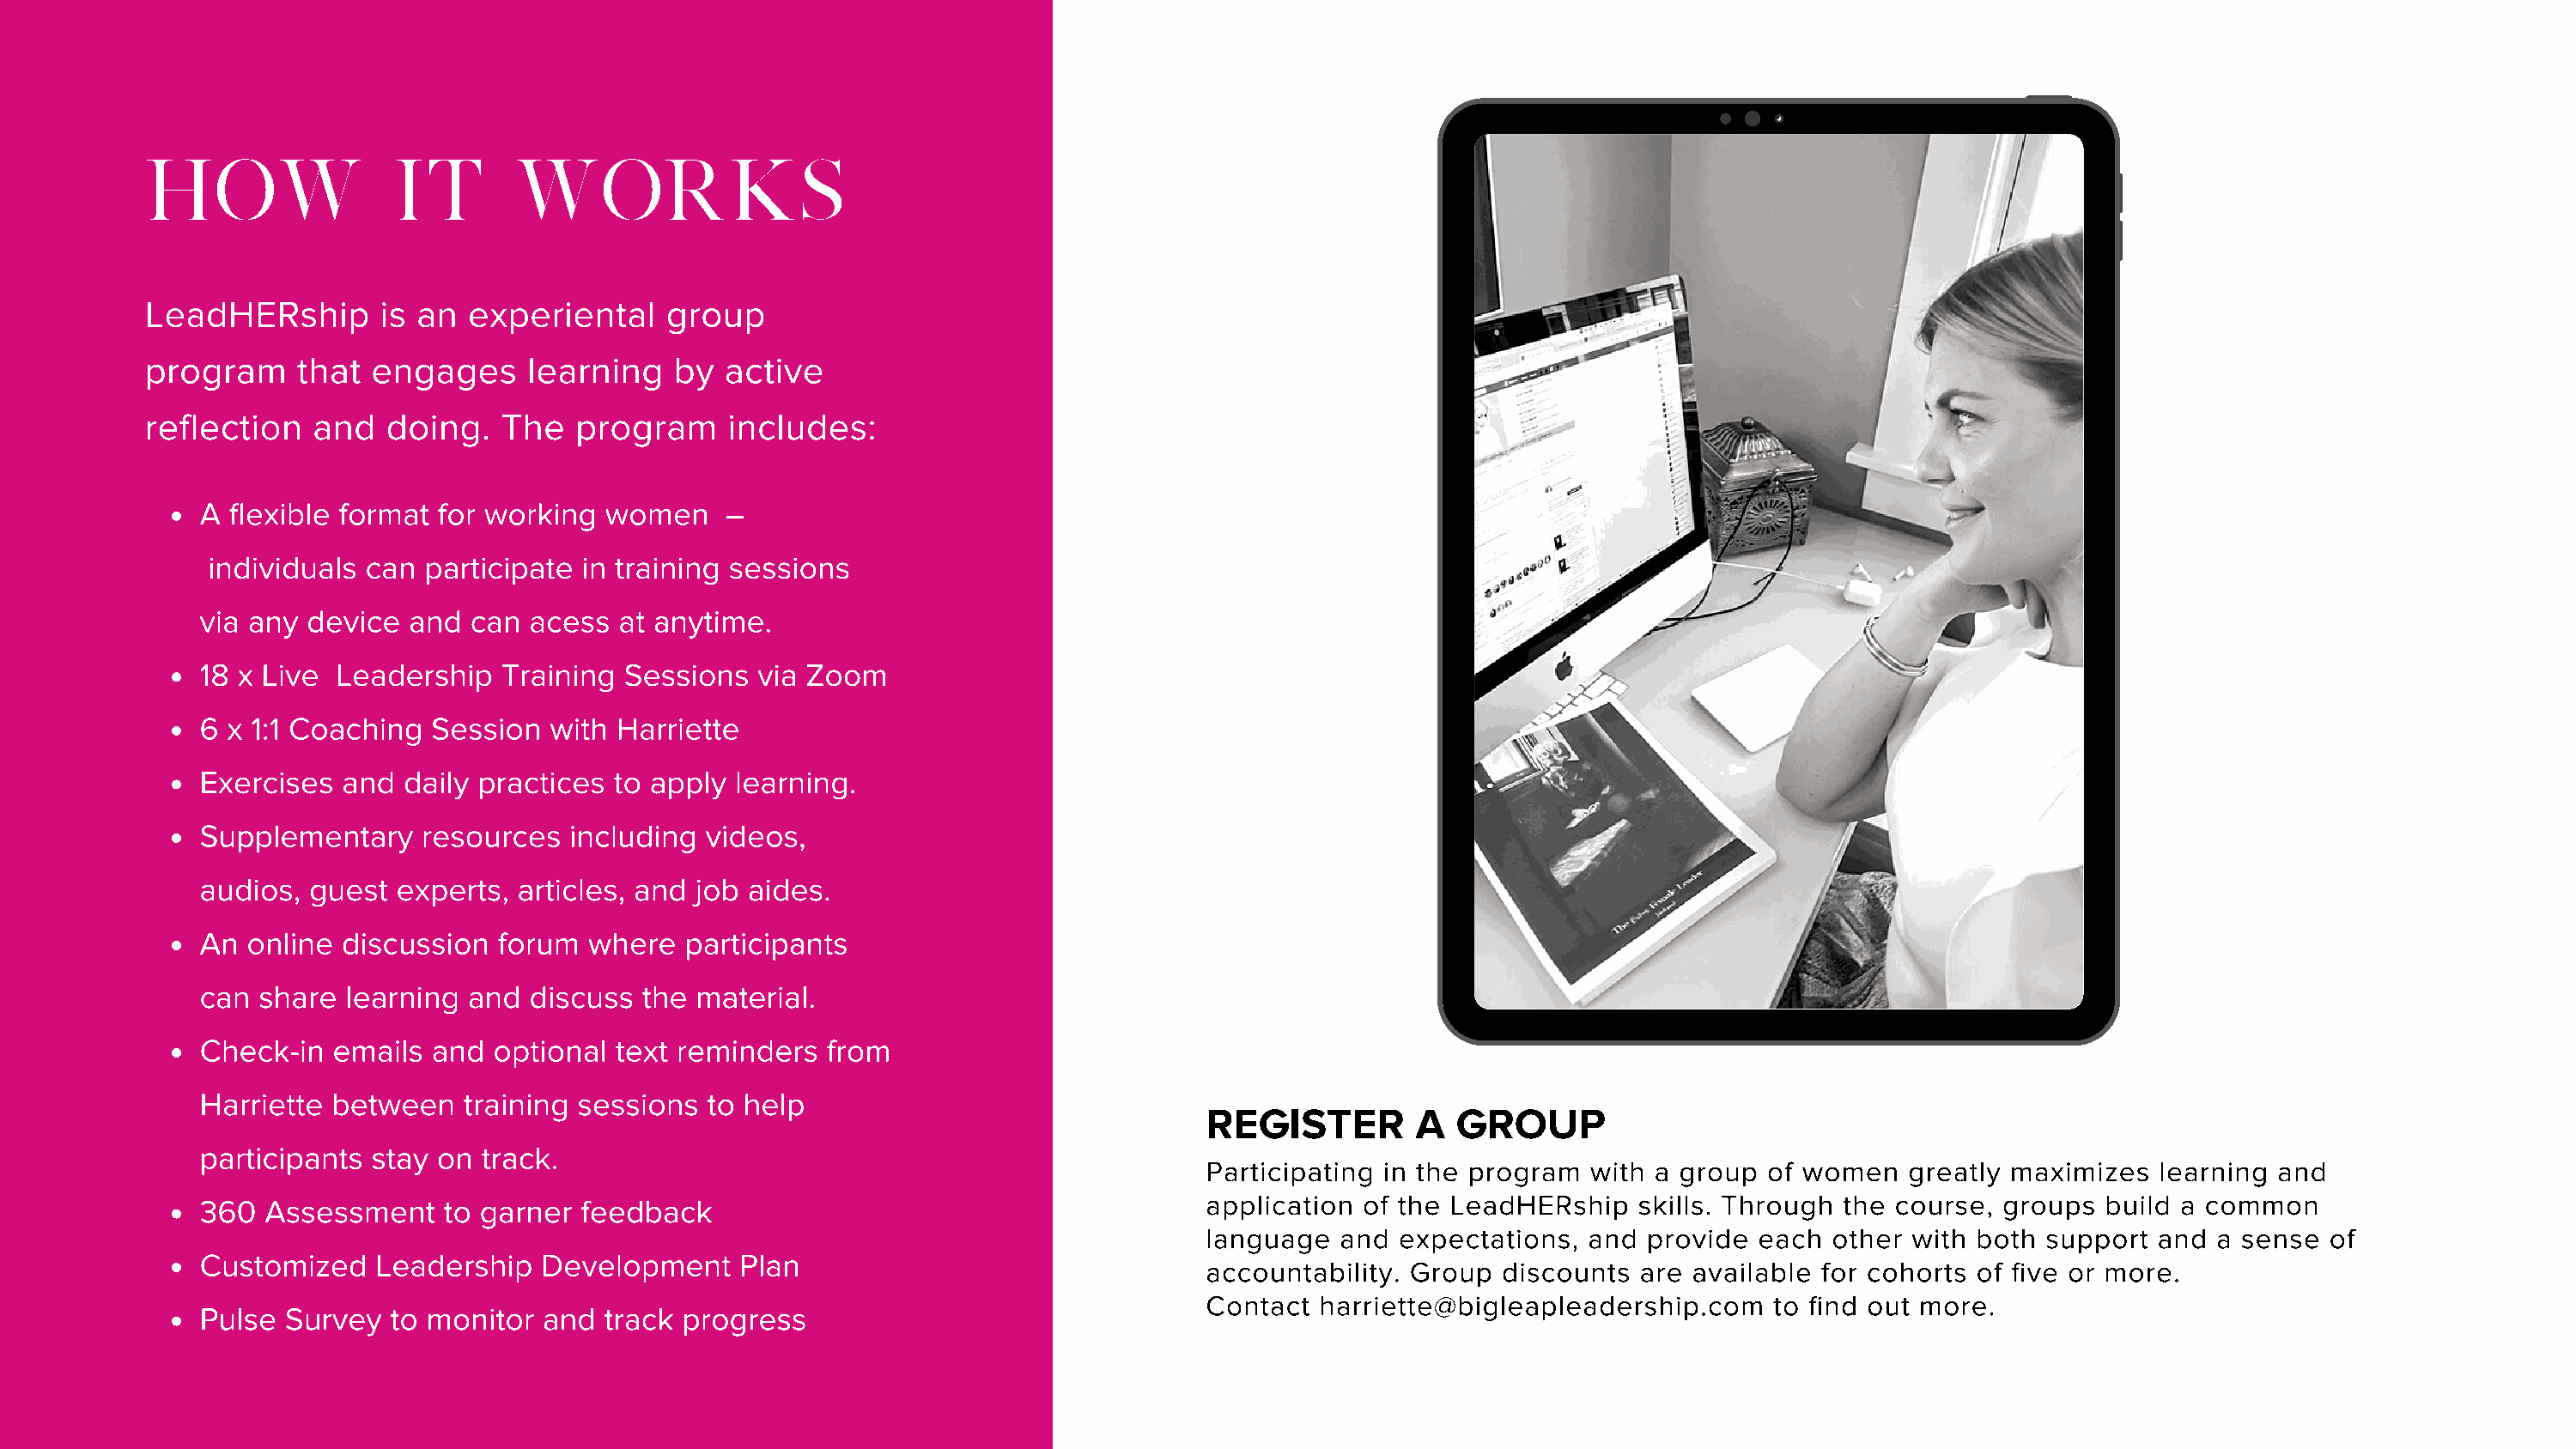
HOW                IT        WORKS
 LeadHERship       is an  experiental    group
 program     that  engages     learning   by  active
 reflection   and   doing.   The  program     includes:
 A  flexible format for working  women    –
 individuals can  participate in training sessions
 via any  device  and can  acess  at anytime.
 18 x Live  Leadership   Training Sessions  via Zoom
 6  x 1:1 Coaching Session  with  Harriette
 Exercises  and  daily practices to apply  learning.
 Supplementary    resources   including videos,
 audios,  guest  experts, articles, and job aides.
 An  online discussion  forum  where   participants
 can  share  learning and  discuss  the material.
 Check-in   emails and  optional text reminders   from
 Harriette  between   training sessions  to help
 REGISTER        A  GROUP
 participants  stay on track.
 Participating in the program  with a group of women   greatly maximizes  learning  and
 360  Assessment    to garner  feedback                                        application of the LeadHERship   skills. Through the course, groups  build a common
 language  and  expectations, and  provide  each other with both  support and  a sense  of
 Customized    Leadership   Development    Plan
 accountability. Group  discounts are available for cohorts of five or more.
 Contact  harriette@bigleapleadership.com    to find out more.
 Pulse  Survey  to monitor  and  track progress